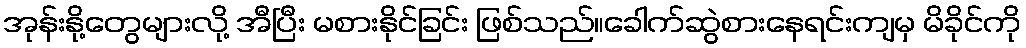
အုန်းနို့တွေများလို့ အီပြီး မစားနိုင်ခြင်း ဖြစ်သည်။ခေါက်ဆွဲစားနေရင်းကျမှ မိခိုင်ကို